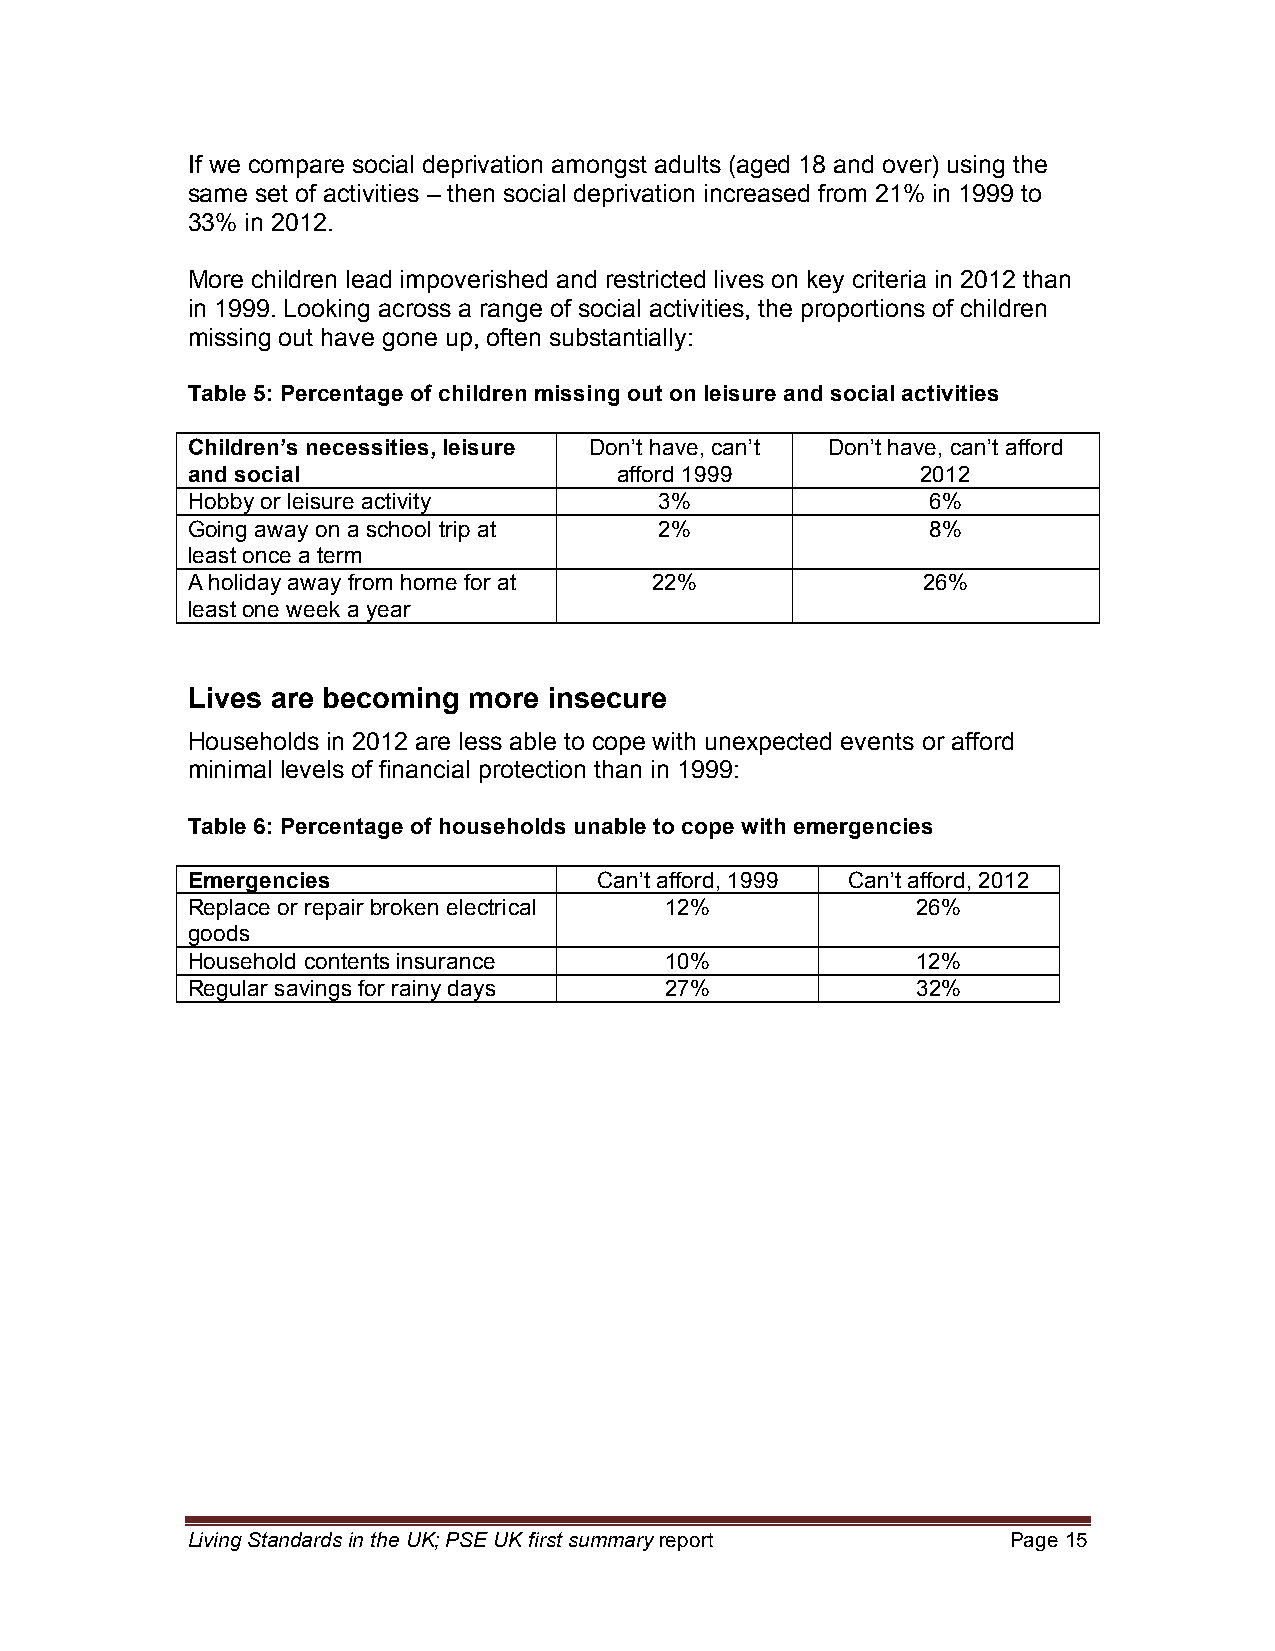
If we compare social deprivation amongst adults (aged 18 and over) using the
 same set of activities – then social deprivation increased from 21% in 1999 to
 33% in 2012.
 More children lead impoverished and restricted lives on key criteria in 2012 than
 in 1999. Looking across a range of social activities, the proportions of children
 missing out have gone up, often substantially:
 Table 5: Percentage of children missing out on leisure and social activities
 Children’s necessities, leisure Don’t have, can’t Don’t have, can’t afford
 and social                   afford 1999         2012
 Hobby or leisure activity       3%                6%
 Going away on a school trip at  2%                8%
 least once a term
 A holiday away from home for at 22%              26%
 least one week a year
 Lives are becoming more insecure
 Households in 2012 are less able to cope with unexpected events or afford
 minimal levels of financial protection than in 1999:
 Table 6: Percentage of households unable to cope with emergencies
 Emergencies                 Can’t afford, 1999 Can’t afford, 2012
 Replace or repair broken electrical 12%          26%
 goods
 Household contents insurance    10%              12%
 Regular savings for rainy days  27%              32%
 Living Standards in the UK; PSE UK first summary report Page 15